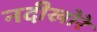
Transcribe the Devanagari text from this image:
नदीखोरे